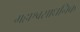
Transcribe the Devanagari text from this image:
महाश्वसाधनिक